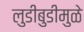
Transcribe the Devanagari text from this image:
लुडीबुडीमुळे